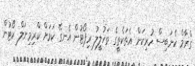
ގްރާމް ކެނަބިސް ހުރިކަން އެތަކެތީގެ ތަހުލީލު ރިޕޯޓުން އެނގޭ ކަމަށް ކްރިމިނަލް ކޯޓުން